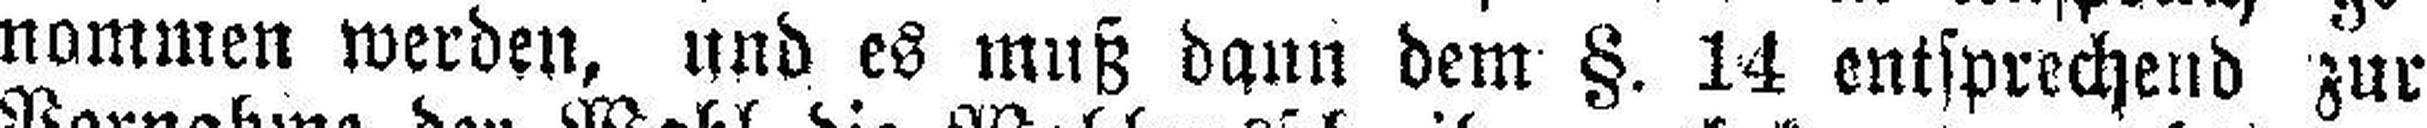
nommen werden, und es muß dann dem §. 14 entsprechend zur